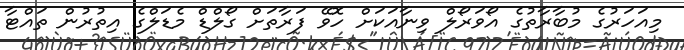
މިއަހަރުގެ މުބާރާތުގެ އޯވަރޯލް ވިނާއަކަށް ހޮވޭ ފަރާތަށް ގޯލްޑް މެޑަލްގެ އިތުރުން ތައްޓާ